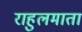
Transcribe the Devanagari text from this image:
राहुलमाता